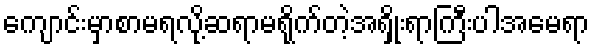
ကျောင်းမှာစာမရလို့ဆရာမရိုက်တဲ့အရှိုးရာကြီးပါအမေရာ